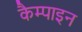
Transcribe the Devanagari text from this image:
कैम्पाइन